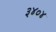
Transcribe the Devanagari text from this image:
३४०४